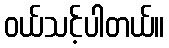
ဝယ်သင့်ပါတယ်။